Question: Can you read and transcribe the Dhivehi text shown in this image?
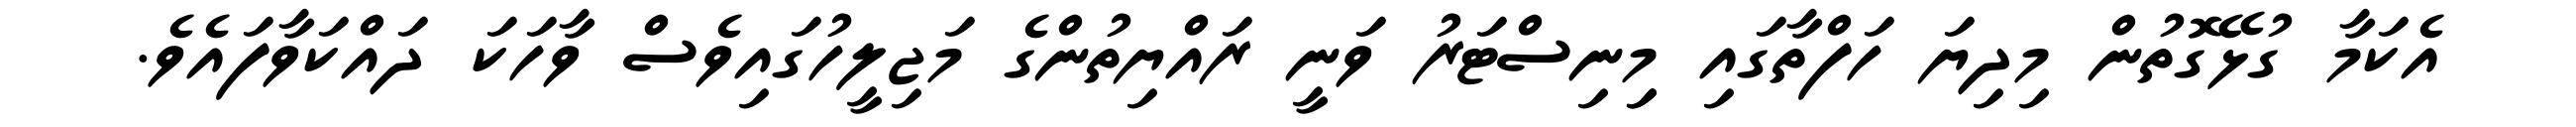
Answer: އެކަމާ ގުޅޭގޮތުން މިދިޔަ ހަފްތާގައި މިިނިސްޓަރު ވަނީ ރައްޔިތުންގެ މަޖިލީހުގައިވެސް ވާހަކަ ދައްކަވާފައެވެ.